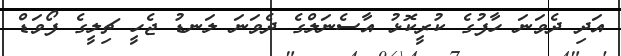
އަދި ދެވަނަ ހާފުގެ ކުރީކޮޅު އާސެނަލްގެ ދެވަނަ ލަނޑު ޖެހީ ޗިލީގެ ފޯވަޑް